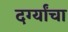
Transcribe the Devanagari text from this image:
दर्ग्यांचा